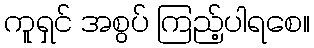
ကူရှင် အစွပ် ကြည့်ပါရစေ။